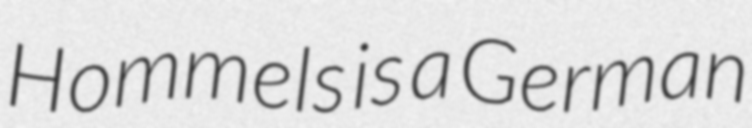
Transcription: Hommels is a German